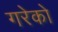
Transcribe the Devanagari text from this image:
गरेको